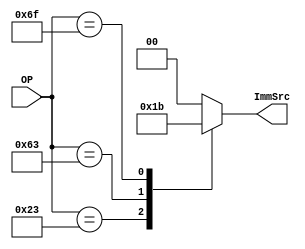

//***************  Instraction DECODER Module  ***************//

module Instr_Decoder
 (

 
  input        wire  [6:0]    OP,
  output       reg   [1:0]    ImmSrc

 );

 
 

  parameter   [6:0]     lw    = 7'b0000011,
                        sw    = 7'b0100011,
			                  R     = 7'b0110011,
			                  I     = 7'b0010011,
			                  jal   = 7'b1101111,
                        beq   = 7'b1100011;
  
   //***************  monitore the change if inputs  ***************//

  always@(*)
  
  begin
    case(OP)
      sw        : begin
                  ImmSrc = 2'b01;
                  end
      beq       : begin
                  ImmSrc = 2'b10;
                  end

      jal       : begin
                  ImmSrc = 2'b11;
                  end
      default   : begin
                  ImmSrc = 2'b00;
                  end
    endcase
  end
  

endmodule